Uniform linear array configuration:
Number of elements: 16
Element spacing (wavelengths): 0.25
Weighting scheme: hann
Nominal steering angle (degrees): -45
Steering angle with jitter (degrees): -43.98
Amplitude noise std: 0.05
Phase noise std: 0.05

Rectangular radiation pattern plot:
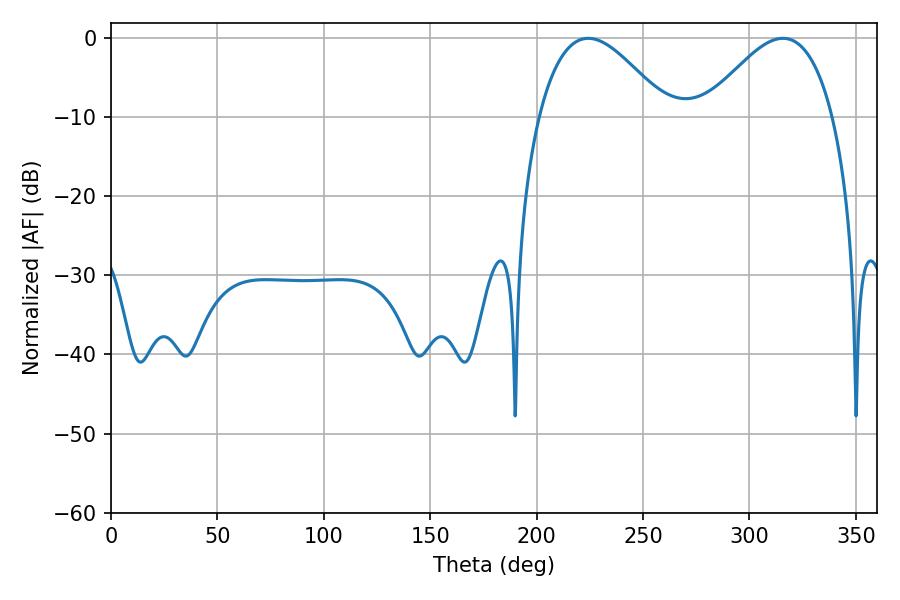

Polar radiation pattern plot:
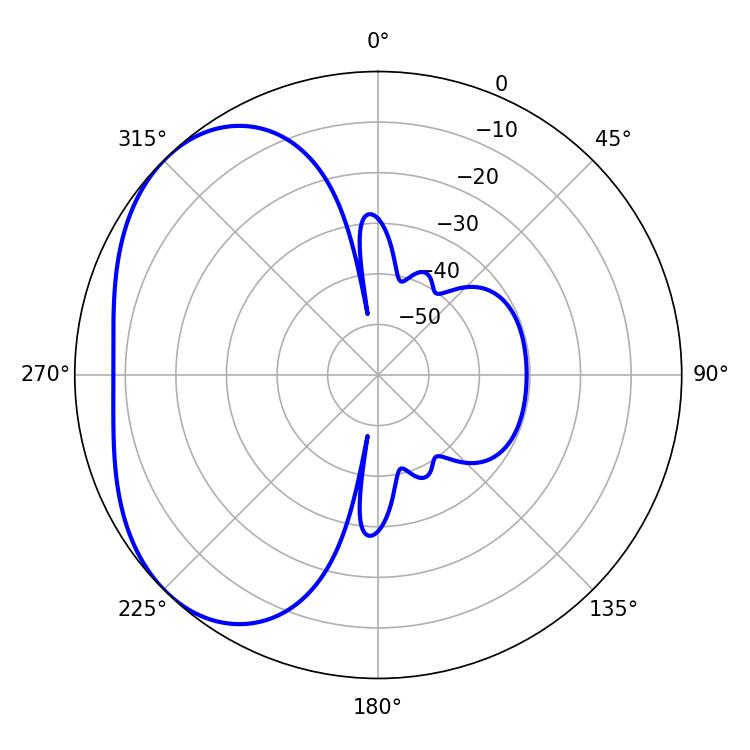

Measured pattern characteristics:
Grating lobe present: FALSE
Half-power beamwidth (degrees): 32.58
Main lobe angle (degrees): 224.28